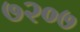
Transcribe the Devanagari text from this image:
७२०७